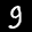
Label: 9